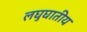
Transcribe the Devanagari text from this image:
लघुघातीय